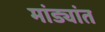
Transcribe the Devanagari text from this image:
मांड्यांत